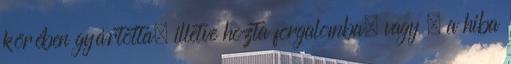
körében gyártotta, illetve hozta forgalomba, vagy – a hiba